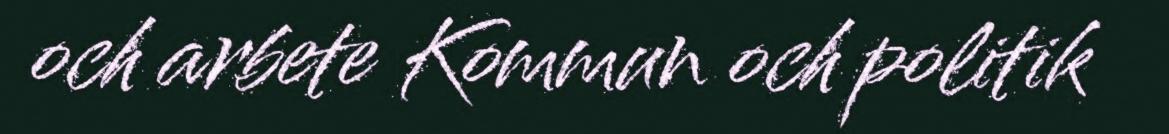
och arbete Kommun och politik